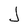
Character: J